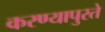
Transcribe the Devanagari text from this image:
करण्यापुरते